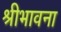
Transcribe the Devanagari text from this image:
श्रीभावना